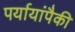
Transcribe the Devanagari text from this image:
पर्यायांपैकी